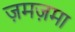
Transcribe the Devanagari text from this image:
ज़मज़मा